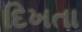
દિખતા